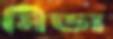
মিডা